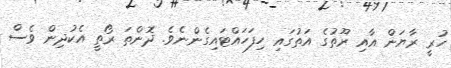
ހުރީ ރާޔަން އާއި ރޫތުގެ އަތުގައި ހިފަހައްޓައިގެންނެވެ. ދޮންތަ ރޯތީ އެކުދިން ވެސް